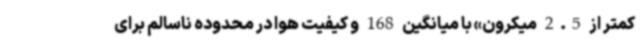
کمتر از 2.5 میکرون» با میانگین 168 و کیفیت هوا در محدوده ناسالم برای